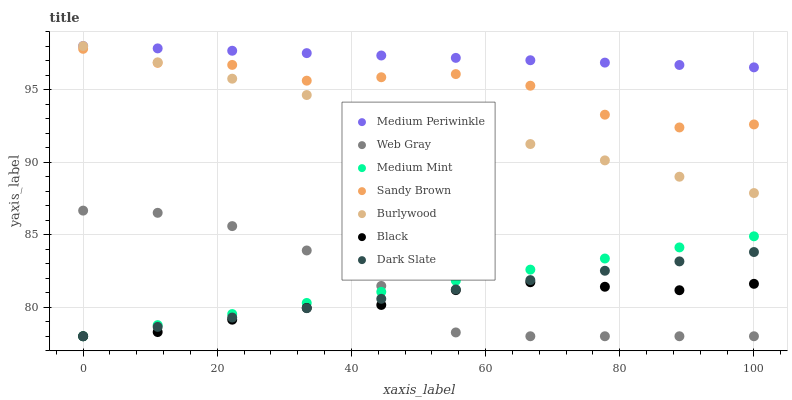
| xaxis_label | Medium Periwinkle | Web Gray | Medium Mint | Sandy Brown | Burlywood | Black | Dark Slate |
 | --- | --- | --- | --- | --- | --- | --- | --- |
 | 0 | 98 | 86.7 | 78 | 97.8 | 98 | 78 | 78 |
 | 11.1 | 97.8 | 86.5 | 78.8 | 96.8 | 96.9 | 78.3 | 78.6 |
 | 22.2 | 97.7 | 85.6 | 79.5 | 96.7 | 95.7 | 79.1 | 79.3 |
 | 33.3 | 97.5 | 83.9 | 80.3 | 95.6 | 94.6 | 80 | 79.9 |
 | 44.4 | 97.3 | 81.5 | 81.1 | 95.8 | 93.5 | 80.2 | 80.6 |
 | 55.6 | 97.2 | 78.3 | 81.8 | 96.1 | 92.4 | 81.2 | 81.2 |
 | 66.7 | 97 | 78 | 82.6 | 95.3 | 91.2 | 81.7 | 81.9 |
 | 77.8 | 96.9 | 78 | 83.4 | 93.3 | 90.1 | 81.4 | 82.5 |
 | 88.9 | 96.7 | 78 | 84.1 | 92.4 | 89 | 81.2 | 83.2 |
 | 100 | 96.5 | 78 | 84.9 | 92.6 | 87.9 | 81.6 | 83.8 |